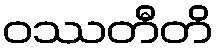
ဝဿတီတိ